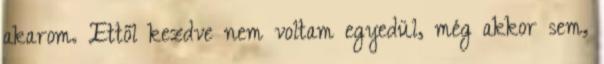
akarom. Ettől kezdve nem voltam egyedül, még akkor sem,